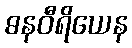
ဓနဝီရိယေန